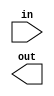
// Implement the following circuit:

// in --- out

module top_module (
    input in,
    output out);
    
    // Insert your code here
endmodule